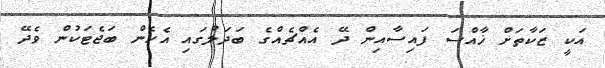
އަކީ ޒަކާތަށް ޚާއްސަ ފައިސާއިން ދޭ އެއްޗެއްގެ ބަދަލުގައި އެހެން ބަޖެޓަކުން ވެދޭ